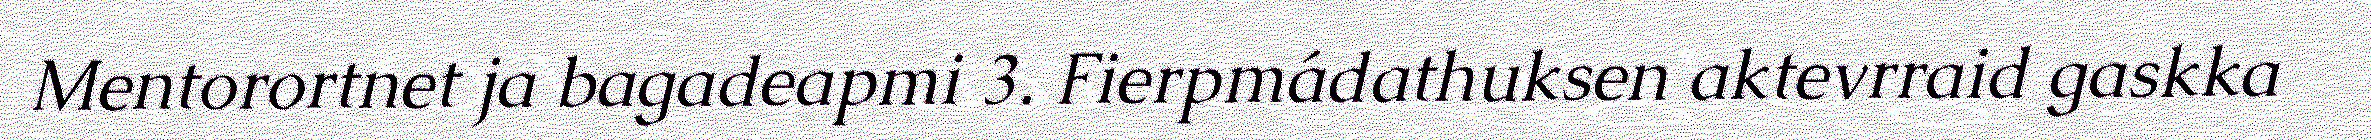
Mentorortnet ja bagadeapmi 3. Fierpmádathuksen aktevrraid gaskka